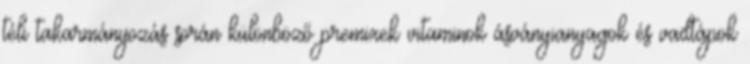
téli takarmányozás során különböző premixek vitaminok ásványianyagok és vadtápok